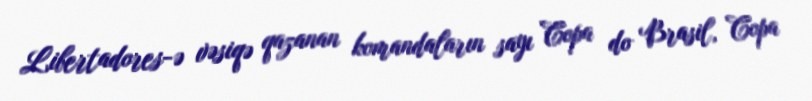
Libertadores-ə vəsiqə qazanan komandaların sayı Copa do Brasil, Copa